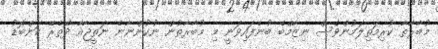
މުބާރާތާ ކުރިމަތިލަމުންވެސް ނިޒާމްބެ ބުނެފައިވަނީ މި މުބާރާތުން ނުކުންނާނެ ނަތީޖާއާ ދޭތެރޭ ކަންބޮޑު